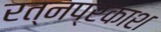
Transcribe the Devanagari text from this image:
रत्नप्रकाश